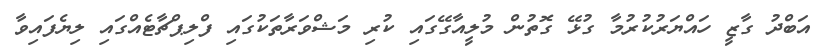
އަބްދު ގާޒީ ހައްޔަރުކުރުމާ ގުޅޭ ގޮތުން މުލީއާގޭގައި ކުރި މަޝްވަރާތަކުގައި ފްލިޕްޗާޓެއްގައި ލިޔެފައިވާ